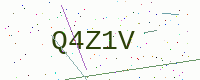
Text: Q4Z1V